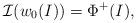
LaTeX: \begin{align*}{\mathcal I}(w_0(I)) = \Phi^+(I),\end{align*}